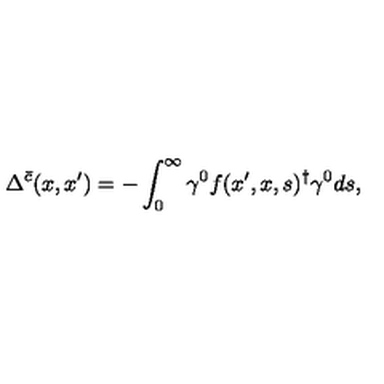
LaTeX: \Delta ^ { \bar { c } } ( x , x ^ { \prime } ) = - \int _ { 0 } ^ { \infty } \gamma ^ { 0 } f ( x ^ { \prime } , x , s ) ^ { \dagger } \gamma ^ { 0 } d s ,